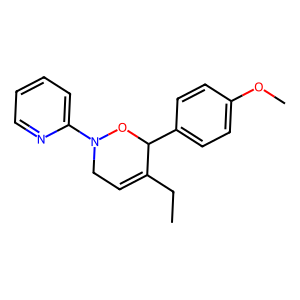
SMILES: CCC1=CCN(c2ccccn2)OC1c1ccc(OC)cc1
Inhibits HIV replication: No